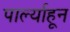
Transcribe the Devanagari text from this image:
पार्ल्याहून